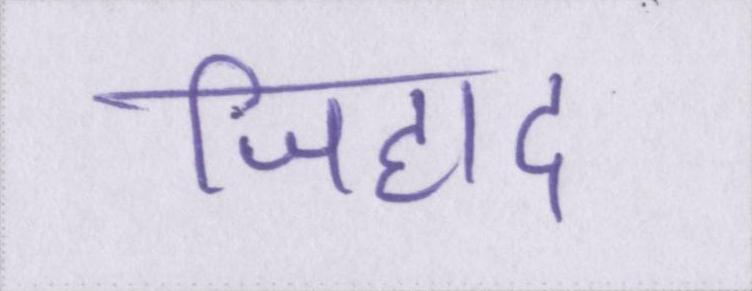
जिहाद